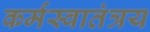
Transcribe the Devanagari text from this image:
कर्मस्वातंत्रय